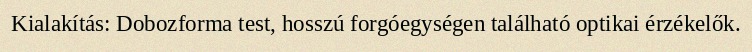
Kialakítás: Dobozforma test, hosszú forgóegységen található optikai érzékelők.